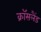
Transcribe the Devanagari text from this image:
क्रॉसलैंड